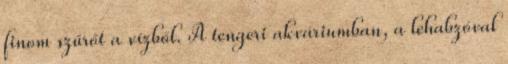
finom szűrőt a vízből. A tengeri akváriumban, a lehabzóval